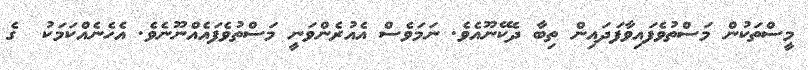
މީސްތަކުން މަސްތުވެފައިވާފަދައިން ތިބާ ދެކޭނޫއެވެ. ނަމަވެސް އެއުރެންވަނީ މަސްތުވެފައެއްނޫނެވެ. އެހެނެއްކަމަކު  ގެ